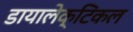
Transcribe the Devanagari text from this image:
डायालेक्टिकल